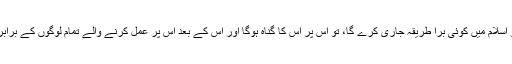
جب کہ عمل کرنے والوں کے اجر میں کوئی کمی نہیں کی جاۓ گی اور جو اسلام میں کوئی برا طریقہ جاری کرے گا، تو اس پر اس کا گناہ ہوگا اور اس کے بعد اس پر عمل کرنے والے تمام لوگوں کے برابر گناہ ہوگا اور عمل کرنے والوں کے گناہ میں کوئی کمی نہیں کی جاۓ گی۔